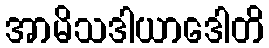
အာမိသဒါယာဒေါတိ